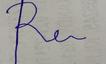
Signature authenticity: forged